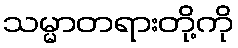
သမ္မာတရားတို့ကို